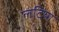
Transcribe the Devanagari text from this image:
लटिया